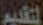
التقديم